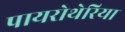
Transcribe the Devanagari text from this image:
पायरोथेरिया